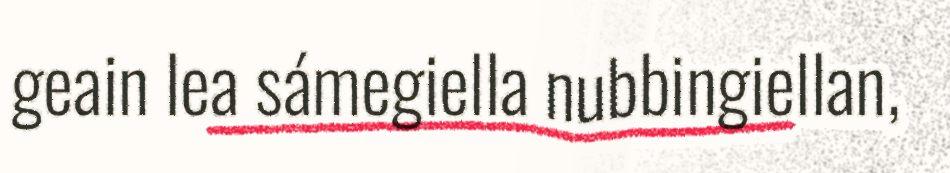
geain lea sámegiella nubbingiellan,